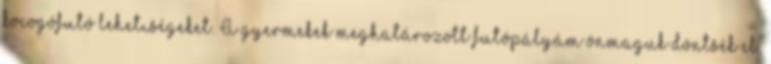
kocogófutó lehetıségeket. A gyermekek meghatározott futópályám önmaguk döntsék el,